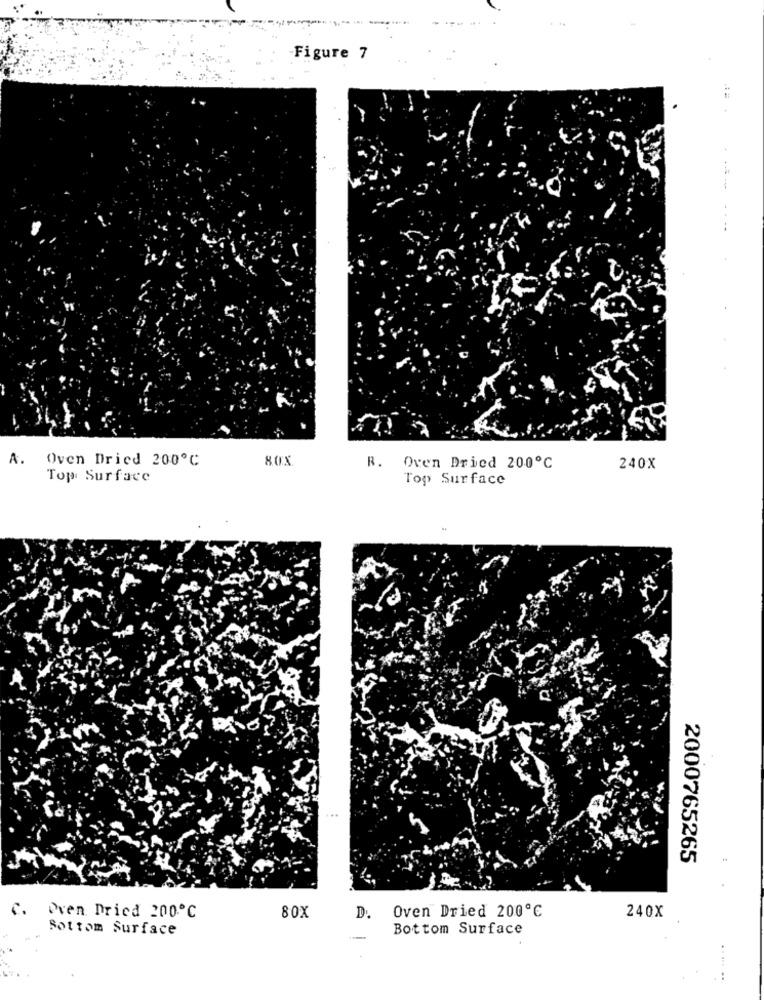
Figure 7
---
.. ..
A. Oven Dried 200℃
80X
R. Oven Dried 200℃
240X
Top Surface
Top Surface
2000765265
C.
Oven Dried 200℃
Oven Dried 200℃
80X
D.
240X
Bottom Surface
Bottom Surface
. ... ..